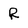
Character: R